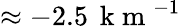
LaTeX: \approx-2.5\, \mathrm{~k~m~}^{-1}